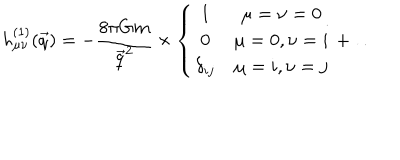
LaTeX: h _ { \mu \nu } ^ { ( 1 ) } ( \vec { q } ) = - { \frac { 8 \pi G m } { \vec { q } ^ { 2 } } } \times \left\{ \begin{array} { c c } { { 1 } } & { { \mu = \nu = 0 } } \\ { { 0 } } & { { \mu = 0 , \nu = i } } \\ { { \delta _ { i j } } } & { { \mu = i , \nu = j } } \\ \end{array} \right. + \ldots